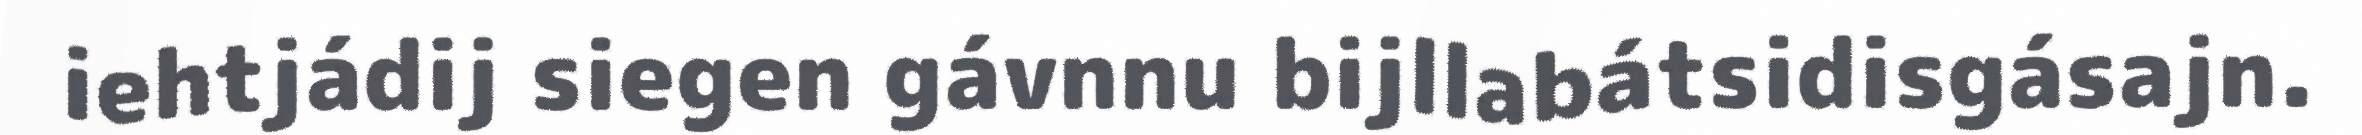
iehtjádij siegen gávnnu bijllabátsidisgásajn.